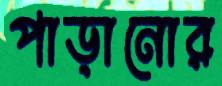
পাড়ানোর